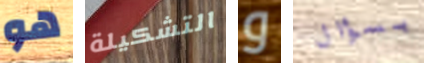
هو التشكيلة و بسؤال